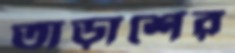
তাড়াশের